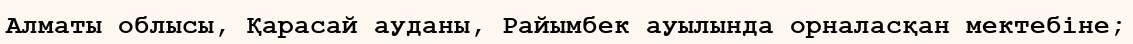
Алматы облысы, Қарасай ауданы, Райымбек ауылында орналасқан мектебіне;